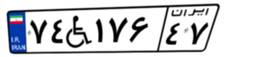
۷۴W۱۷۶۴۷